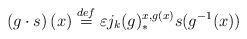
LaTeX: \begin{align*}\left( g\cdot s\right) (x)\overset{def}{=}\varepsilon j_{k}(g)_{\ast}^{x,g(x)}s(g^{-1}(x))\end{align*}